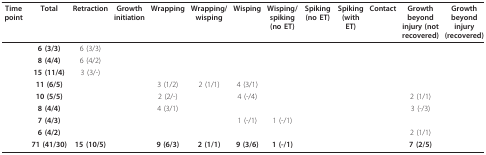
<table><thead><tr><td><b>Time point</b></td><td><b>Total</b></td><td><b>Retraction</b></td><td><b>Growth initiation</b></td><td><b>Wrapping</b></td><td><b>Wrapping/wisping</b></td><td><b>Wisping</b></td><td><b>Wisping/spiking(no ET)</b></td><td><b>Spiking (no ET)</b></td><td><b>Spiking (with ET)</b></td><td><b>Contact</b></td><td><b>Growth beyond injury (not recovered)</b></td><td><b>Growth beyond injury (recovered)</b></td></tr></thead><tbody><tr><td>[EMPTY_CELL]</td><td><b>6 (3/3)</b></td><td>6 (3/3)</td><td>[EMPTY_CELL]</td><td>[EMPTY_CELL]</td><td>[EMPTY_CELL]</td><td>[EMPTY_CELL]</td><td>[EMPTY_CELL]</td><td>[EMPTY_CELL]</td><td>[EMPTY_CELL]</td><td>[EMPTY_CELL]</td><td>[EMPTY_CELL]</td><td>[EMPTY_CELL]</td></tr><tr><td>[EMPTY_CELL]</td><td><b>8 (4/4)</b></td><td>6 (4/2)</td><td>[EMPTY_CELL]</td><td>[EMPTY_CELL]</td><td>[EMPTY_CELL]</td><td>[EMPTY_CELL]</td><td>[EMPTY_CELL]</td><td>[EMPTY_CELL]</td><td>[EMPTY_CELL]</td><td>[EMPTY_CELL]</td><td>[EMPTY_CELL]</td><td>[EMPTY_CELL]</td></tr><tr><td>[EMPTY_CELL]</td><td><b>15 (11/4)</b></td><td>3 (3/-)</td><td>[EMPTY_CELL]</td><td>[EMPTY_CELL]</td><td>[EMPTY_CELL]</td><td>[EMPTY_CELL]</td><td>[EMPTY_CELL]</td><td>[EMPTY_CELL]</td><td>[EMPTY_CELL]</td><td>[EMPTY_CELL]</td><td>[EMPTY_CELL]</td><td>[EMPTY_CELL]</td></tr><tr><td>[EMPTY_CELL]</td><td><b>11 (6/5)</b></td><td>[EMPTY_CELL]</td><td>[EMPTY_CELL]</td><td>3 (1/2)</td><td>2 (1/1)</td><td>4 (3/1)</td><td>[EMPTY_CELL]</td><td>[EMPTY_CELL]</td><td>[EMPTY_CELL]</td><td>[EMPTY_CELL]</td><td>[EMPTY_CELL]</td><td>[EMPTY_CELL]</td></tr><tr><td>[EMPTY_CELL]</td><td><b>10 (5/5)</b></td><td>[EMPTY_CELL]</td><td>[EMPTY_CELL]</td><td>2 (2/-)</td><td>[EMPTY_CELL]</td><td>4 (-/4)</td><td>[EMPTY_CELL]</td><td>[EMPTY_CELL]</td><td>[EMPTY_CELL]</td><td>[EMPTY_CELL]</td><td>2 (1/1)</td><td>[EMPTY_CELL]</td></tr><tr><td>[EMPTY_CELL]</td><td><b>8 (4/4)</b></td><td>[EMPTY_CELL]</td><td>[EMPTY_CELL]</td><td>4 (3/1)</td><td>[EMPTY_CELL]</td><td>[EMPTY_CELL]</td><td>[EMPTY_CELL]</td><td>[EMPTY_CELL]</td><td>[EMPTY_CELL]</td><td>[EMPTY_CELL]</td><td>3 (-/3)</td><td>[EMPTY_CELL]</td></tr><tr><td>[EMPTY_CELL]</td><td><b>7 (4/3)</b></td><td>[EMPTY_CELL]</td><td>[EMPTY_CELL]</td><td>[EMPTY_CELL]</td><td>[EMPTY_CELL]</td><td>1 (-/1)</td><td>1 (-/1)</td><td>[EMPTY_CELL]</td><td>[EMPTY_CELL]</td><td>[EMPTY_CELL]</td><td>[EMPTY_CELL]</td><td>[EMPTY_CELL]</td></tr><tr><td>[EMPTY_CELL]</td><td><b>6 (4/2)</b></td><td>[EMPTY_CELL]</td><td>[EMPTY_CELL]</td><td>[EMPTY_CELL]</td><td>[EMPTY_CELL]</td><td>[EMPTY_CELL]</td><td>[EMPTY_CELL]</td><td>[EMPTY_CELL]</td><td>[EMPTY_CELL]</td><td>[EMPTY_CELL]</td><td>2 (1/1)</td><td>[EMPTY_CELL]</td></tr><tr><td>[EMPTY_CELL]</td><td><b>71 (41/30)</b></td><td><b>15 (10/5)</b></td><td>[EMPTY_CELL]</td><td><b>9 (6/3)</b></td><td><b>2 (1/1)</b></td><td><b>9 (3/6)</b></td><td><b>1 (-/1)</b></td><td>[EMPTY_CELL]</td><td>[EMPTY_CELL]</td><td>[EMPTY_CELL]</td><td><b>7 (2/5)</b></td><td>[EMPTY_CELL]</td></tr></tbody></table>